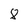
Character: 8